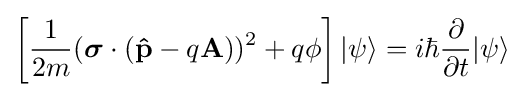
\left[{\frac {1}{2m}}({\boldsymbol {\sigma }}\cdot (\mathbf {\hat {p}} -q\mathbf {A} ))^{2}+q\phi \right]|\psi \rangle =i\hbar {\frac {\partial }{\partial t}}|\psi \rangle